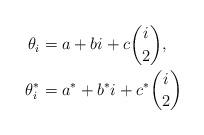
LaTeX: \begin{align*}\theta_i & = a + bi + c\binom{i}{2}, \\\theta^*_i & = a^* + b^*i + c^*\binom{i}{2} \end{align*}